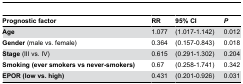
<table><thead><tr><td><b>Prognostic factor</b></td><td><b>RR</b></td><td><b>95% CI</b></td><td><b><i>P</i></b></td></tr></thead><tbody><tr><td><b>Age</b></td><td>1.077</td><td>(1.017-1.142)</td><td>0.012</td></tr><tr><td><b>Gender</b> (male vs. female)</td><td>0.364</td><td>(0.157-0.843)</td><td>0.018</td></tr><tr><td><b>Stage</b> (III vs. IV)</td><td>0.615</td><td>(0.291-1.302)</td><td>0.204</td></tr><tr><td><b>Smoking (ever smokers vs never-smokers)</b></td><td>0.67</td><td>(0.258-1.741)</td><td>0.342</td></tr><tr><td><b>EPOR (low vs. high)</b></td><td>0.431</td><td>(0.201-0.926)</td><td>0.031</td></tr></tbody></table>